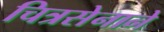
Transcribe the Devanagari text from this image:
चित्रसेनाने